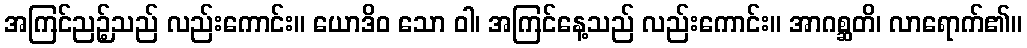
အကြင်ညဉ့်သည် လည်းကောင်း။ ယောဒိဝ သော ဝါ၊ အကြင်နေ့သည် လည်းကောင်း။ အာဂစ္ဆတိ၊ လာရောက်၏။